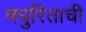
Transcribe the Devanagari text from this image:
मधुरिताची